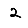
Digit: 2